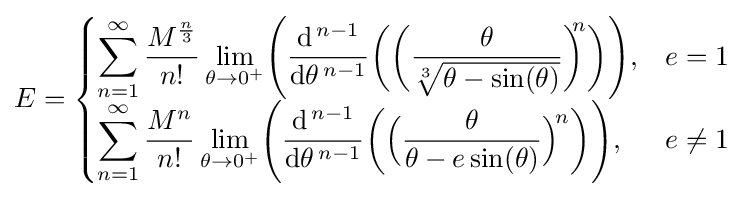
E={\begin{cases}\displaystyle \sum _{n=1}^{\infty }{\frac {M^{\frac {n}{3}}}{n!}}\lim _{\theta \to 0^{+}}\!{\Bigg (}{\frac {\mathrm {d} ^{\,n-1}}{\mathrm {d} \theta ^{\,n-1}}}{\bigg (}{\bigg (}{\frac {\theta }{\sqrt[{3}]{\theta -\sin(\theta )}}}{\bigg )}^{\!\!\!n}{\bigg )}{\Bigg )},&e=1\\\displaystyle \sum _{n=1}^{\infty }{\frac {M^{n}}{n!}}\lim _{\theta \to 0^{+}}\!{\Bigg (}{\frac {\mathrm {d} ^{\,n-1}}{\mathrm {d} \theta ^{\,n-1}}}{\bigg (}{\Big (}{\frac {\theta }{\theta -e\sin(\theta )}}{\Big )}^{\!n}{\bigg )}{\Bigg )},&e\neq 1\end{cases}}